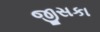
જીસકા